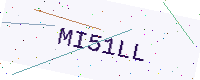
Text: MI51LL